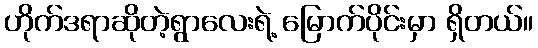
ဟိုက်ဒရာဆိုတဲ့ရွာလေးရဲ့ မြောက်ပိုင်းမှာ ရှိတယ်။